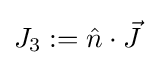
J_{3}:={\hat {n}}\cdot {\vec {J}}